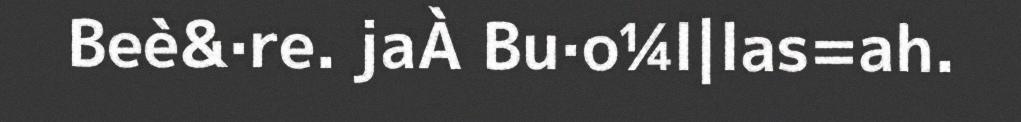
Beè&·re. jaÀ Bu·o¼l|las=ah.